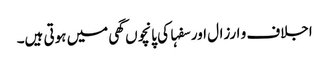
اجلاف و ارزال اور سفہا کی پانچوں گھی میں ہوتی ہیں۔